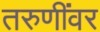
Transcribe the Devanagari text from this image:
तरुणींवर